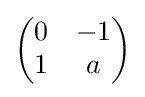
{\begin{pmatrix}0&-1\\1&a\\\end{pmatrix}}